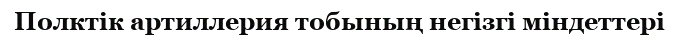
Полктік артиллерия тобының негізгі міндеттері